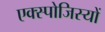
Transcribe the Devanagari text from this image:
एक्स्पोजिस्यों